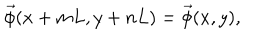
LaTeX: \vec { \phi } ( x + m L , y + n L ) = \vec { \phi } ( x , y ) ,